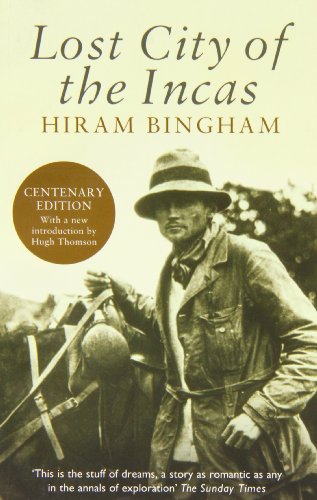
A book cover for Lost City of the Incas (Phoenix Press); Hiram Bingham; History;